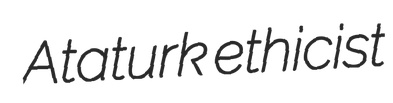
Ataturk ethicist